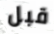
قبل